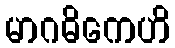
မာဂဓိကေဟိ